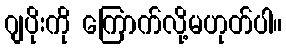
ဂျပိုးကို ကြောက်လို့မဟုတ်ပါ။